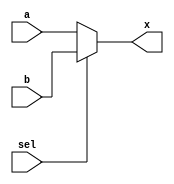
`timescale 1ns / 1ps
//////////////////////////////////////////////////////////////////////////////////
// Company: 
// Engineer: 
// 
// Design Name: 
// Module Name: mux
// Project Name: 
// Target Devices: 
// Tool Versions: 
// Description: 
// 
// Dependencies: 
// 
// Revision:
// Revision 0.01 - File Created
// Additional Comments:
// 
//////////////////////////////////////////////////////////////////////////////////


module mux(
input wire a,b,sel,
output wire x
    );
    
    assign x= (sel) ? b:a; //sel sfrsa x=a, sel bi ise x=b
 

endmodule